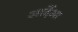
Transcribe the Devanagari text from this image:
आर्देआ